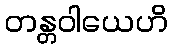
တန္တဝါယေဟိ